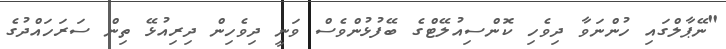
"ނޭޕާލްގައި ހުންނަވާ ދިވެހި ކޮންސިއުލޭޓްގެ ބޭފުޅުންވެސް ވަނީ ދިވެހިން ދިރިއުޅޭ ތިން ސަރަހައްދުގެ